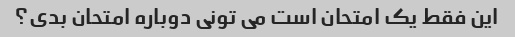
این فقط یک امتحان است می تونی دوباره امتحان بدی؟